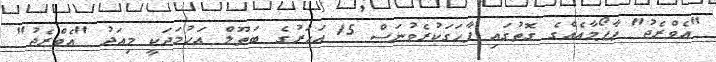
"އެވްރެޖު" ޕާފޯމާއެއްގެ ގޮތުގައި ފާހަގަކުރެވުނަސް 15 އަހަރުގެ ބަތޫލް އަހުމަދަކީ މިއަދު "އެވްރެޖު"